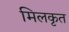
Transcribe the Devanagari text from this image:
मिलकृत